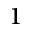
^ 1